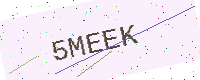
Text: 5MEEK